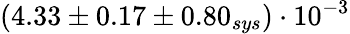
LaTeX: (4.33\pm 0.17\pm 0.80_{sys})\cdot 10^{-3}